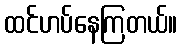
ထင်ဟပ်နေကြတယ်။